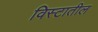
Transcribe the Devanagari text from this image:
विस्टातील